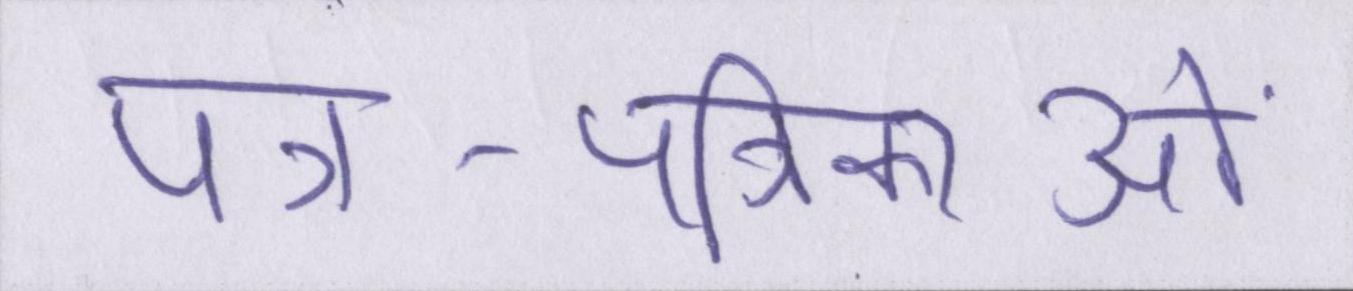
पत्र-पत्रिकाओं